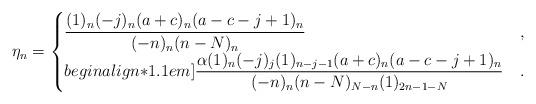
LaTeX: \begin{align*} \eta_n= \begin{cases} \dfrac{(1)_n(-j)_n(a+c)_n(a-c-j+1)_n}{(-n)_n(n-N)_n} &,\\begin{align*}1.1em] \dfrac{\alpha(1)_n(-j)_j(1)_{n-j-1}(a+c)_n(a-c-j+1)_n}{(-n)_n(n-N)_{N-n}(1)_{2n-1-N}} &. \end{cases} \end{align*}